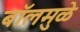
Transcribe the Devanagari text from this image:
बॉलमुळे